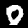
Label: 0